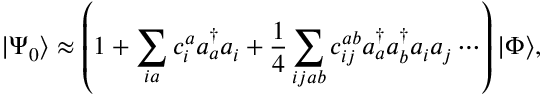
| \Psi _ { 0 } \rangle \approx \left( 1 + \sum _ { i a } c _ { i } ^ { a } a _ { a } ^ { \dagger } a _ { i } + \frac { 1 } { 4 } \sum _ { i j a b } c _ { i j } ^ { a b } a _ { a } ^ { \dagger } a _ { b } ^ { \dagger } a _ { i } a _ { j } \cdots \right) | \Phi \rangle ,